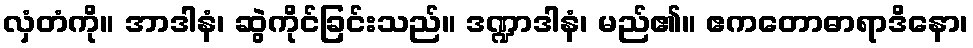
လှံတံကို။ အာဒါနံ၊ ဆွဲကိုင်ခြင်းသည်။ ဒဏ္ဍာဒါနံ၊ မည်၏။ ဧကတောဓာရာဒိနော၊